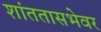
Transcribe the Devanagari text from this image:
शांततासभेवर